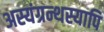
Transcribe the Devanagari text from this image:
अस्यंग्रन्थस्यापि